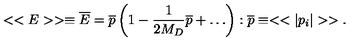
< < E > > \equiv { \overline { E } } = { \overline { p } } \left( 1 - \frac { 1 } { 2 M _ { D } } { \overline { p } } + \dots \right) : { \overline { p } } \equiv < < | p _ { i } | > > .